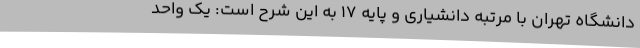
دانشگاه تهران با مرتبه دانشیاری و پایه 17 به این شرح است: یک واحد